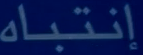
إنتباه